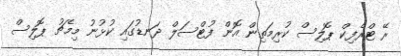
ރޭ ޓްރެފިކް ޕޮލިސް ކުރިމަތިން އޮން ފުޓްސަލް ދަނޑުގައި ކުޅުނު މިމެޗު ޕޮލިސް